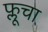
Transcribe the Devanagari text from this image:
फ्लूचा